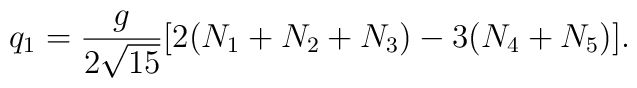
q_1 = {g \over{2\sqrt{15}}} [2(N_1+N_2+N_3)-3(N_4+N_5)].